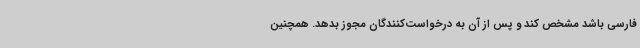
فارسی باشد مشخص کند و پس از آن به درخواست‌کنندگان مجوز بدهد. همچنین